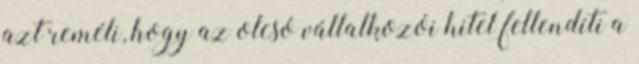
azt reméli, hogy az olcsó vállalkozói hitel fellendíti a